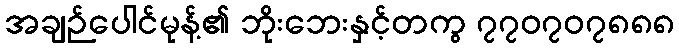
အချဉ်ပေါင်မုန့်၏ ဘိုးဘေးနှင့်တကွ ၇၇၀၇၀၇၈၈၈